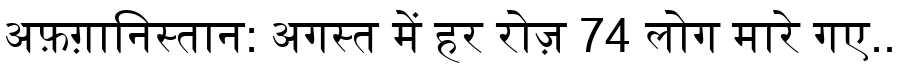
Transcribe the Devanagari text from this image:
अफ़ग़ानिस्तान: अगस्त में हर रोज़ 74 लोग मारे गए..